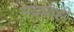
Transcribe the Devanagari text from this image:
भयाणही